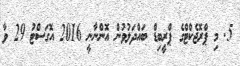
5. މި ޕްރޮޖެކްޓްގެ ޕްރީބިޑް ބައްދަލުވުން އޮންނާނީ 2016 އޮގަސްޓު 29 ވާ